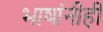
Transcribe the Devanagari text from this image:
भाषांनीही